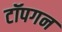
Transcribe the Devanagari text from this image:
टॉपगन